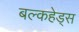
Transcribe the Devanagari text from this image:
बल्‍कहेड्स